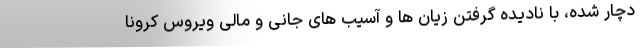
دچار شده، با نادیده گرفتن زیان ها و آسیب های جانی و مالی ویروس کرونا